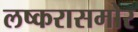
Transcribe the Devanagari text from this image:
लष्करासमोर